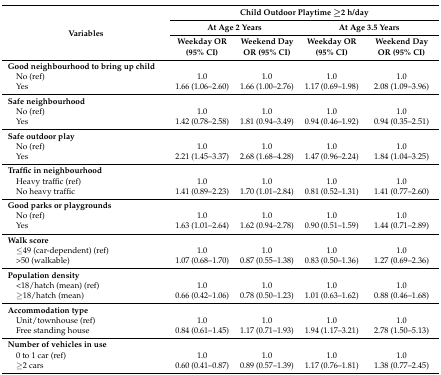
<table><thead><tr><td rowspan="3"><b>Variables </b></td><td colspan="4"><b>Child Outdoor Playtime ≥2 h/day</b></td></tr><tr><td colspan="2"><b>At Age 2 Years</b></td><td colspan="2"><b>At Age 3.5 Years</b></td></tr><tr><td><b>Weekday OR (95% CI)</b></td><td><b>Weekend Day OR (95% CI)</b></td><td><b>Weekday OR (95% CI)</b></td><td><b>Weekend Day OR (95% CI)</b></td></tr></thead><tbody><tr><td><b>Good neighbourhood to bring up child</b></td><td></td><td></td><td></td><td></td></tr><tr><td> No (ref)</td><td>1.0</td><td>1.0</td><td>1.0</td><td>1.0</td></tr><tr><td> Yes</td><td>1.66 (1.06–2.60)</td><td>1.66 (1.00–2.76)</td><td>1.17 (0.69–1.98)</td><td>2.08 (1.09–3.96)</td></tr><tr><td><b>Safe neighbourhood</b></td><td></td><td></td><td></td><td></td></tr><tr><td> No (ref)</td><td>1.0</td><td>1.0</td><td>1.0</td><td>1.0</td></tr><tr><td> Yes</td><td>1.42 (0.78–2.58)</td><td>1.81 (0.94–3.49)</td><td>0.94 (0.46–1.92)</td><td>0.94 (0.35–2.51)</td></tr><tr><td><b>Safe outdoor play</b></td><td></td><td></td><td></td><td></td></tr><tr><td> No (ref)</td><td>1.0</td><td>1.0</td><td>1.0</td><td>1.0</td></tr><tr><td> Yes</td><td>2.21 (1.45–3.37)</td><td>2.68 (1.68–4.28)</td><td>1.47 (0.96–2.24)</td><td>1.84 (1.04–3.25)</td></tr><tr><td><b>Traffic in neighbourhood</b></td><td></td><td></td><td></td><td></td></tr><tr><td> Heavy traffic (ref)</td><td>1.0</td><td>1.0</td><td>1.0</td><td>1.0</td></tr><tr><td> No heavy traffic</td><td>1.41 (0.89–2.23)</td><td>1.70 (1.01–2.84)</td><td>0.81 (0.52–1.31)</td><td>1.41 (0.77–2.60)</td></tr><tr><td><b>Good parks or playgrounds</b></td><td></td><td></td><td></td><td></td></tr><tr><td> No (ref)</td><td>1.0</td><td>1.0</td><td>1.0</td><td>1.0</td></tr><tr><td> Yes</td><td>1.63 (1.01–2.64)</td><td>1.62 (0.94–2.78)</td><td>0.90 (0.51–1.59)</td><td>1.44 (0.71–2.89)</td></tr><tr><td><b>Walk score</b></td><td></td><td></td><td></td><td></td></tr><tr><td> ≤49 (car-dependent) (ref)</td><td>1.0</td><td>1.0</td><td>1.0</td><td>1.0</td></tr><tr><td> &gt;50 (walkable)</td><td>1.07 (0.68–1.70) </td><td>0.87 (0.55–1.38)</td><td>0.83 (0.50–1.36)</td><td>1.27 (0.69–2.36)</td></tr><tr><td><b>Population density</b></td><td></td><td></td><td></td><td></td></tr><tr><td> &lt;18/hatch (mean) (ref)</td><td>1.0</td><td>1.0</td><td>1.0</td><td>1.0</td></tr><tr><td> ≥18/hatch (mean)</td><td>0.66 (0.42–1.06)</td><td>0.78 (0.50–1.23)</td><td>1.01 (0.63–1.62)</td><td>0.88 (0.46–1.68)</td></tr><tr><td><b>Accommodation type</b></td><td></td><td></td><td></td><td></td></tr><tr><td> Unit/townhouse (ref)</td><td>1.0</td><td>1.0</td><td>1.0</td><td>1.0</td></tr><tr><td> Free standing house</td><td>0.84 (0.61–1.45)</td><td>1.17 (0.71–1.93)</td><td>1.94 (1.17–3.21)</td><td>2.78 (1.50–5.13)</td></tr><tr><td><b>Number of vehicles in use</b></td><td></td><td></td><td></td><td></td></tr><tr><td> 0 to 1 car (ref)</td><td>1.0</td><td>1.0</td><td>1.0</td><td>1.0</td></tr><tr><td> ≥2 cars</td><td>0.60 (0.41–0.87)</td><td>0.89 (0.57–1.39)</td><td>1.17 (0.76–1.81)</td><td>1.38 (0.77–2.45)</td></tr></tbody></table>